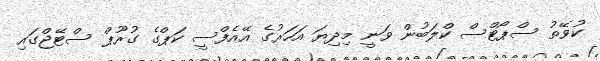
ކުވޭތު ސްޕޯޓްސް ކްލަބުން ވަނީ މިދިޔަ އަހަރުގެ އޭއެފްސީ ކަޕްގެ ގުރޫޕް ސްޓޭޖްގައި